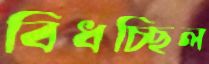
বিঁধচ্ছিল